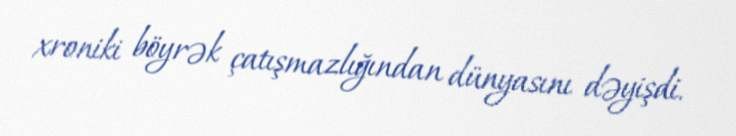
xroniki böyrək çatışmazlığından dünyasını dəyişdi.